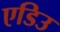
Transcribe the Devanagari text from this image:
एडिउ